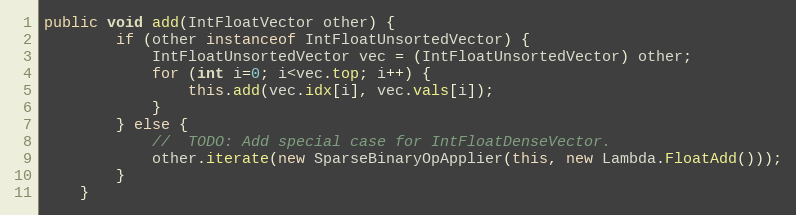
Language: Java
public void add(IntFloatVector other) {
        if (other instanceof IntFloatUnsortedVector) {
            IntFloatUnsortedVector vec = (IntFloatUnsortedVector) other;
            for (int i=0; i<vec.top; i++) {
                this.add(vec.idx[i], vec.vals[i]);
            }
        } else {
            //  TODO: Add special case for IntFloatDenseVector.
            other.iterate(new SparseBinaryOpApplier(this, new Lambda.FloatAdd()));
        }
    }